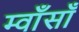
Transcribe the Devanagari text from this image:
म्वाँसाँ